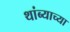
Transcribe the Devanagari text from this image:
थांब्याच्या